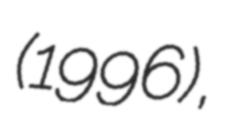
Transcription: (1996),